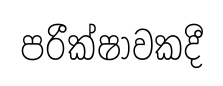
පරීක්ෂාවකදී